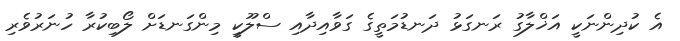
އެ ކުދިންނަކީ އަޚްލާގު ރަނގަޅު ދަނޑުމަތީގެ ގަވާއިދާއި ސްލޫކީ މިންގަނޑަށް ލޯބިކުރާ ހުނަރުވެރި